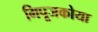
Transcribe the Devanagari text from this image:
गिपूजकोया